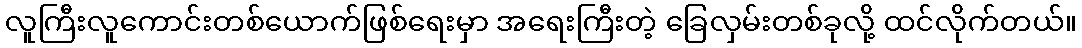
လူကြီးလူကောင်းတစ်ယောက်ဖြစ်ရေးမှာ အရေးကြီးတဲ့ ခြေလှမ်းတစ်ခုလို့ ထင်လိုက်တယ်။